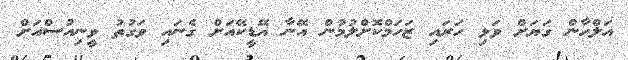
އަލްހާން ގަޔަށް ވަޅި ހަރައި ޒަހަމްކޮށްލުމުން އޭނާ އޭޑީކޭއަށް ގެނައި ވަގުތު ވީނިއުސްއަށް